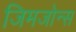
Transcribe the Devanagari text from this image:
जिमजोन्स